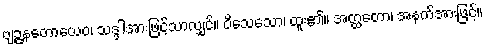
ဗျဉ္ဇနတောယေဝ၊ သဒ္ဒါအားဖြင့်သာလျှင်။ ဝိသေသော၊ ထူး၏။ အတ္ထတော၊ အနက်အားဖြင့်။